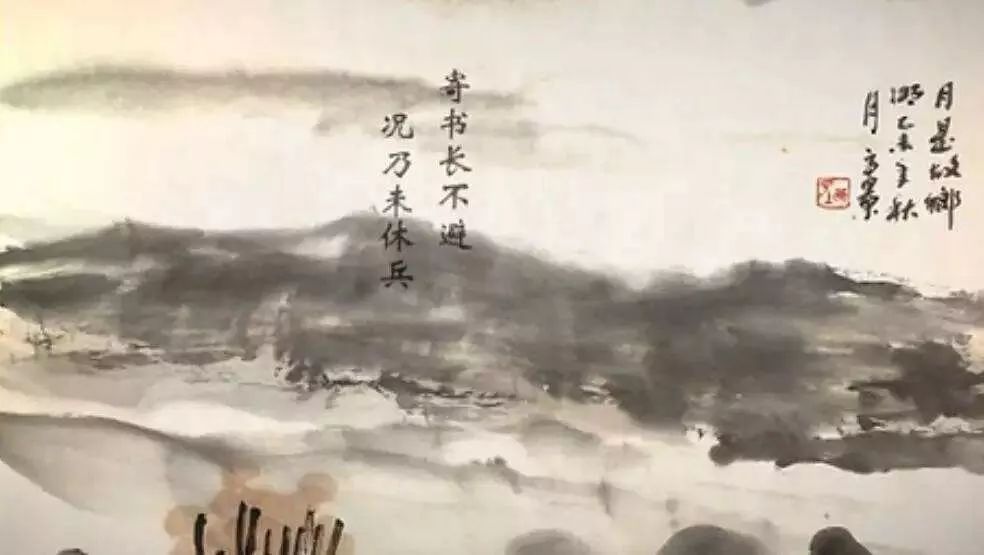
寄书长不达，况乃未休兵。